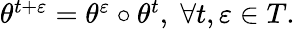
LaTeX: \begin{array}{r}{\theta^{t+\varepsilon}=\theta^{\varepsilon}\circ\theta^{t},\; \forall t,\varepsilon\in T.}\end{array}